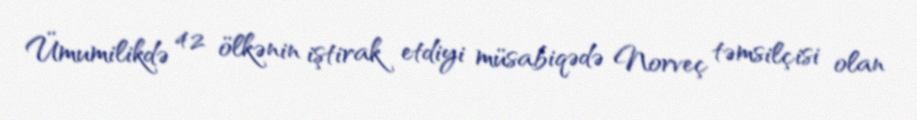
Ümumilikdə 42 ölkənin iştirak etdiyi müsabiqədə Norveç təmsilçisi olan